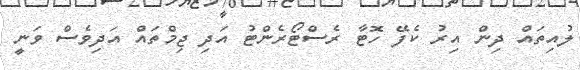
ލުއިތައް ދިން އިރު ކެފޭ ހޮޓާ ރެސްޓޯރެންޓު އަދި ޖިމްތައް އަދިވެސް ވަނީ